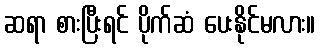
ဆရာ စားပြီးရင် ပိုက်ဆံ ပေးနိုင်မလား။